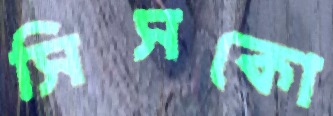
সিসকো